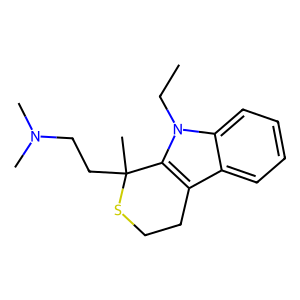
SMILES: CCn1c2c(c3ccccc31)CCSC2(C)CCN(C)C
Inhibits HIV replication: No